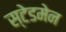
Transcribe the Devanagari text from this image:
स्टेडमेन